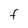
Character: F